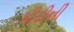
કીડીની